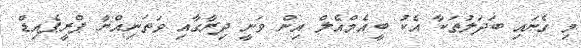
މި ގެނައި ބަދަލުތަކާ އެކު ބީއެމްއެލް އިން ވަނީ ދިރާގާއި ވަތަނިއްޔާ ޕްރީޕެއިޑް